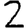
Digit: 2